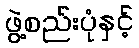
ဖွဲ့စည်းပုံနှင့်